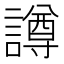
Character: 譐